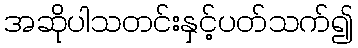
အဆိုပါသတင်းနှင့်ပတ်သက်၍